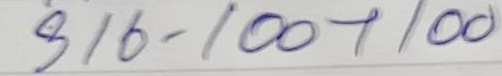
316 = 100 + 100